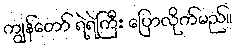
ကျွန်တော် ရဲရဲကြီး ပြောလိုက်မည်။